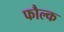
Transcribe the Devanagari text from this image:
फौल्क